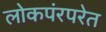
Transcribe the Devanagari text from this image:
लोकपंरपरेत